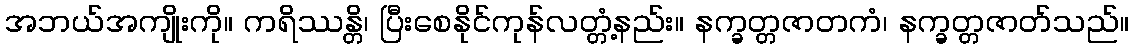
အဘယ်အကျိုးကို။ ကရိဿန္တိ၊ ပြီးစေနိုင်ကုန်လတ္တံ့နည်း။ နက္ခတ္တဇာတကံ၊ နက္ခတ္တဇာတ်သည်။